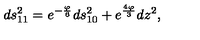
d s _ { 1 1 } ^ { 2 } = e ^ { - \frac { \varphi } { 6 } } d s _ { 1 0 } ^ { 2 } + e ^ { \frac { 4 \varphi } { 3 } } d z ^ { 2 } ,